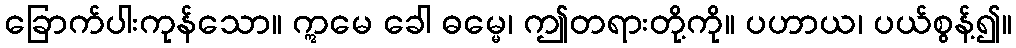
ခြောက်ပါးကုန်သော။ ဣမေ ခေါ ဓမ္မေ၊ ဤတရားတို့ကို။ ပဟာယ၊ ပယ်စွန့်၍။